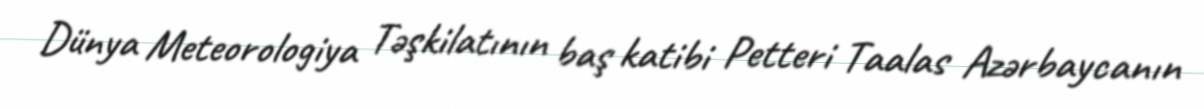
Dünya Meteorologiya Təşkilatının baş katibi Petteri Taalas Azərbaycanın